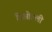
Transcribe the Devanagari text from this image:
दिओल्ली